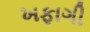
ખફાગી